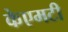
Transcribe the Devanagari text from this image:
केएमटी